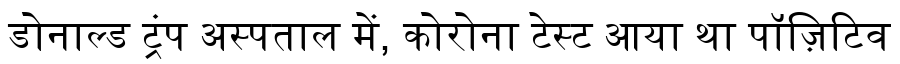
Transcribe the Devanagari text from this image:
डोनाल्ड ट्रंप अस्पताल में, कोरोना टेस्ट आया था पॉज़िटिव